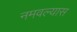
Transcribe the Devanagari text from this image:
नमवल्यास